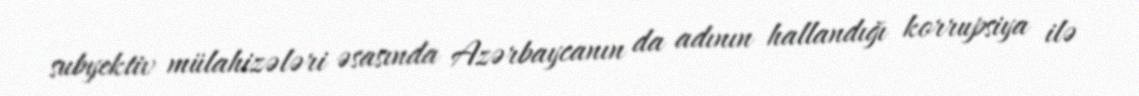
subyektiv mülahizələri əsasında Azərbaycanın da adının hallandığı korrupsiya ilə